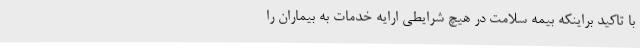
با تاکید براینکه بیمه سلامت در هیچ شرایطی ارایه خدمات به بیماران را